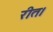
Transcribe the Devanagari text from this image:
रीत।